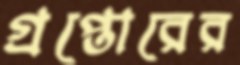
গ্রপ্তোরের